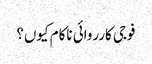
فوجی کارروائی ناکام کیوں؟